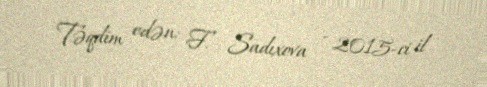
Təqdim edən: F. Sadıxova - 2015-ci il